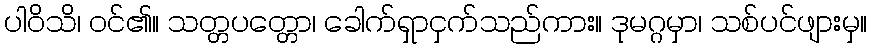
ပါဝိသိ၊ ဝင်၏။ သတ္တပတ္တော၊ ခေါက်ရှာငှက်သည်ကား။ ဒုမဂ္ဂမှာ၊ သစ်ပင်ဖျားမှ။